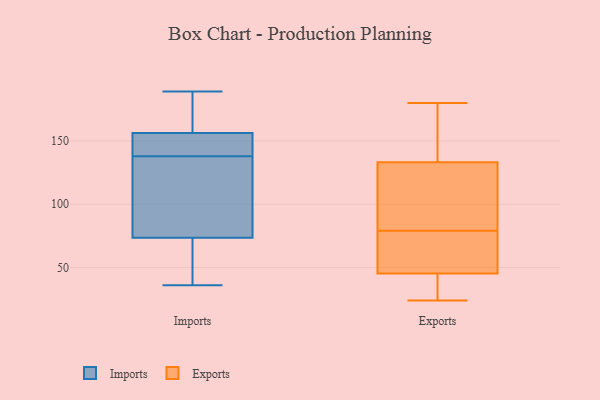
{"axis": {"x": "Latency (ms)", "y": "Value"}, "legend": ["Exports", "Imports"], "data": [{"x": "", "y": 153, "type": "Imports"}, {"x": "", "y": 151, "type": "Imports"}, {"x": "", "y": 112, "type": "Imports"}, {"x": "", "y": 45, "type": "Imports"}, {"x": "", "y": 166, "type": "Imports"}, {"x": "", "y": 138, "type": "Imports"}, {"x": "", "y": 138, "type": "Imports"}, {"x": "", "y": 177, "type": "Imports"}, {"x": "", "y": 36, "type": "Imports"}, {"x": "", "y": 76, "type": "Imports"}, {"x": "", "y": 126, "type": "Imports"}, {"x": "", "y": 66, "type": "Imports"}, {"x": "", "y": 189, "type": "Imports"}, {"x": "", "y": 131, "type": "Exports"}, {"x": "", "y": 31, "type": "Exports"}, {"x": "", "y": 124, "type": "Exports"}, {"x": "", "y": 110, "type": "Exports"}, {"x": "", "y": 79, "type": "Exports"}, {"x": "", "y": 72, "type": "Exports"}, {"x": "", "y": 140, "type": "Exports"}, {"x": "", "y": 24, "type": "Exports"}, {"x": "", "y": 27, "type": "Exports"}, {"x": "", "y": 58, "type": "Exports"}, {"x": "", "y": 180, "type": "Exports"}, {"x": "", "y": 180, "type": "Exports"}, {"x": "", "y": 50, "type": "Exports"}]}